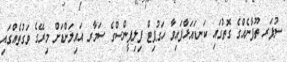
ސުޕަރ ތޫފާނެއްގެ ގޮތުގައި ކަނޑައަޅާފައިވާ ހަގުޕިޓް ފިލިޕީންސްގެ ސަމާރ އައިލަންޑަށް މިރޭގެ ވަގުތެއްގައި